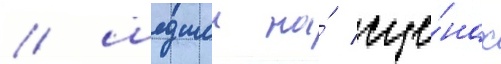
/ шедшеи на́ сце́нах